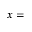
x =